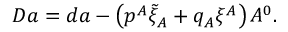
D a = d a - \left( p ^ { A } \tilde { \xi } _ { A } + q _ { A } \xi ^ { A } \right) A ^ { 0 } .